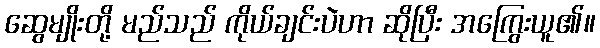
ဆွေမျိုးတို့ မည်သည် ကိုယ်ချင်းပဲဟာ ဆိုပြီး အကြွေးယူ၏။